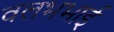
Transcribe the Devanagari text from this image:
वलभभाई